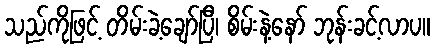
သည်ကိုဖြင့် တိမ်းခဲ့ချော်ပြီ၊ စိမ်းနဲ့နော် ဘုန်းခင့်လာပ။